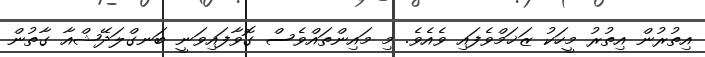
އިތުރުން އިތުރު މީހަކު ޒަޚަމްވެފައި ވެއެވެ. މި މައިންތައްވެސް ގޮވާފައިވަނީ ބަނގްލަދޭޝްއާ ގާތުން